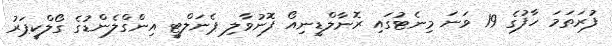
ފުރަތަމަ ހާފުގެ 19 ވަނަ މިނެޓުގައި ރޮނާލްޑީނިއޯ ފޮނުވާލި ޕެނަލްޓީ އިންގްލެންޑުގެ ގޯލްކީޕަރު